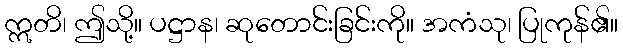
ဣတိ၊ ဤသို့။ ပဋ္ဌာန၊ ဆုတောင်းခြင်းကို။ အကံသု၊ ပြုကုန်၏။